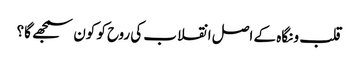
قلب و نگاہ کے اصل انقلاب کی روح کو کون سمجھے گا؟